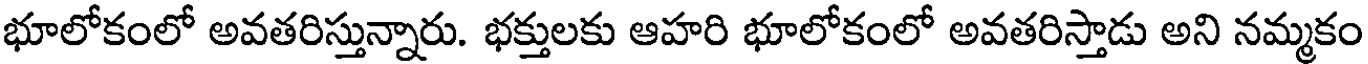
భూలోకంలో అవతరిస్తున్నారు. భక్తులకు ఆహరి భూలోకంలో అవతరిస్తాడు అని నమ్మకం